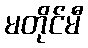
မတိုင်မီ